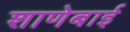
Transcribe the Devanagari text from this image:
शाणेबाई